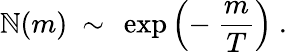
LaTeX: \mathbb{N}(m)~\sim~\exp\left(-~\frac{{m}}{{T}}\right)~.